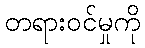
တရားဝင်မှုကို